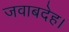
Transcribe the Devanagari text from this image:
जवाबदेह।